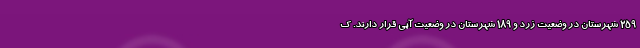
۲۵۹ شهرستان در وضعیت زرد و ۱۸۹ شهرستان در وضعیت آبی قرار دارند. ک